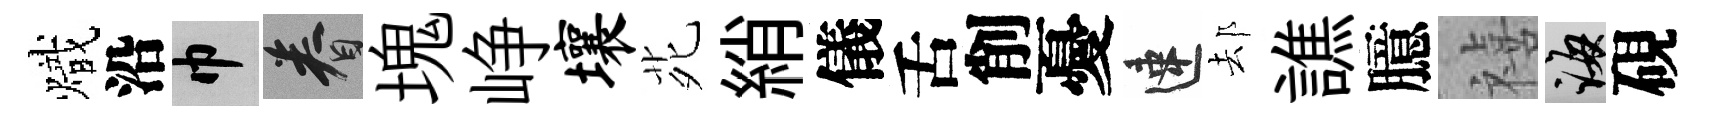
熾沿巾眷塊峥壤𫟍綃儀舌削憂速𨚫譙臆禧誨硯